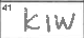
Transcription: KIW